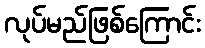
လုပ်မည်ဖြစ်ကြောင်း